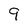
Character: 9